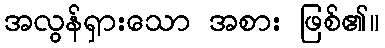
အလွန်ရှားသော အစား ဖြစ်၏။